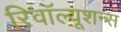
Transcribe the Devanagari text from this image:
रिवॉल्यूशन्स